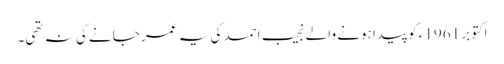
اکتوبر 1961ء کو پیدا ہونے والے نجیب احمد کی یہ عمر جانے کی نہ تھی۔